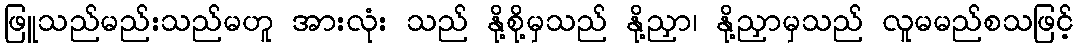
ဖြူသည်မည်းသည်မဟူ အားလုံး သည် နို့စို့မှသည် နို့ညှာ၊ နို့ညှာမှသည် လူမမည်စသဖြင့်